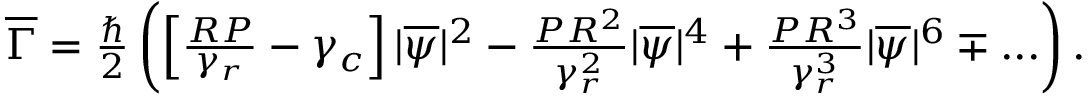
\begin{array} { r } { \overline { { \Gamma } } = \frac { \hbar } { 2 } \left( \left[ \frac { R P } { \gamma _ { r } } - \gamma _ { c } \right] | \overline { { \psi } } | ^ { 2 } - \frac { P R ^ { 2 } } { \gamma _ { r } ^ { 2 } } | \overline { { \psi } } | ^ { 4 } + \frac { P R ^ { 3 } } { \gamma _ { r } ^ { 3 } } | \overline { { \psi } } | ^ { 6 } \mp . . . \right) . } \end{array}